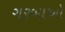
ગરબાઓ